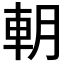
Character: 𨊸